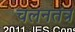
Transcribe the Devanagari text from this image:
चलनतंत्र